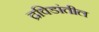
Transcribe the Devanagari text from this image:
द्रविडांतील